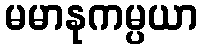
မမာနုကမ္ပယာ